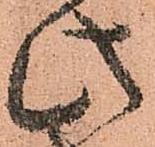
此